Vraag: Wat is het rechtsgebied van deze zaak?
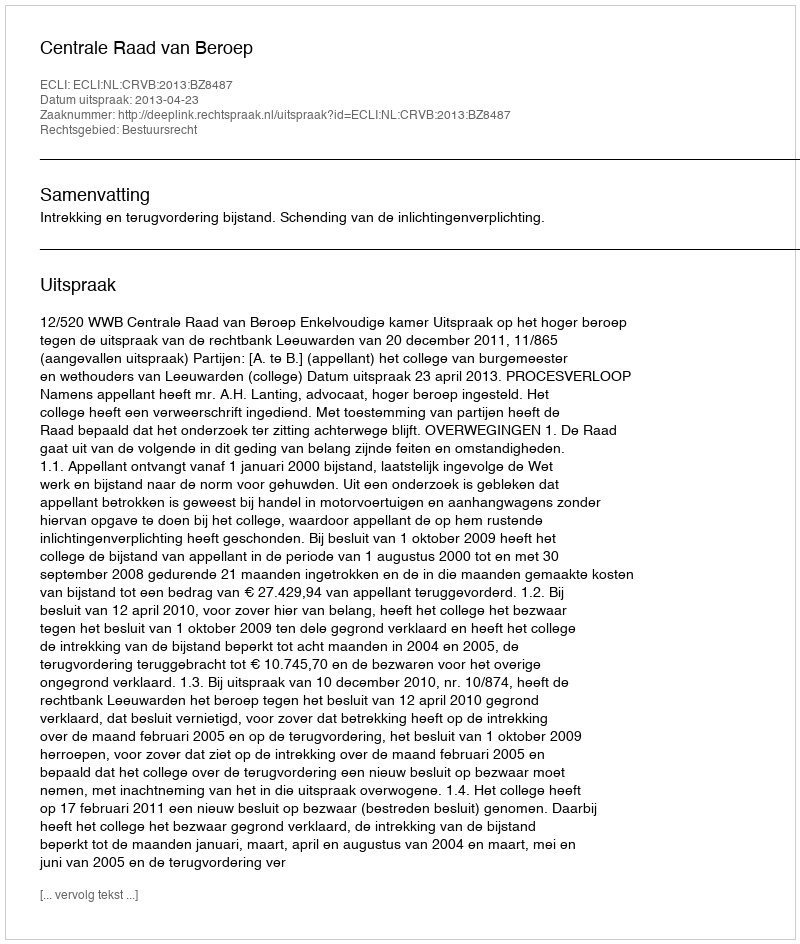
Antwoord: Bestuursrecht